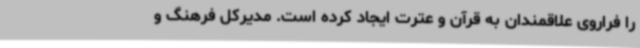
را فراروی علاقمندان به قرآن و عترت ایجاد کرده است. مدیرکل فرهنگ و